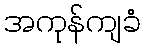
အကုန်ကျခံ